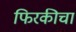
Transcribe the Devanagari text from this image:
फिरकीचा